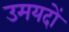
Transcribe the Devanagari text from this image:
उमयदों